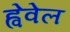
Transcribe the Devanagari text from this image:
ह्वेवेल